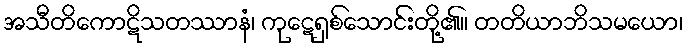
အသီတိကောဋိသတဿာနံ၊ ကုဋေရှစ်သောင်းတို့၏။ တတိယာဘိသမယော၊